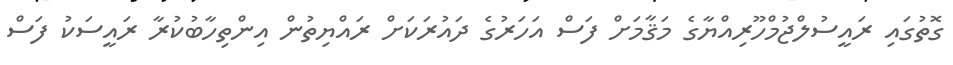
ގޮތުގައި ރައީސުލްޖުމްހޫރިއްޔާގެ މަޤާމަށް ފަސް އަހަރުގެ ދައުރަކަށް ރައްޔިތުން އިންތިހާބުކުރާ ރައީސަކު ފަސް